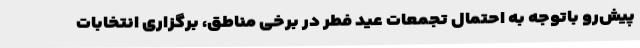
پیش‌رو باتوجه به احتمال تجمعات عید فطر در برخی مناطق، برگزاری انتخابات